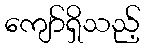
ကျော်ရှိသည့်